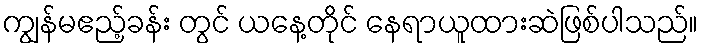
ကျွန်မဧည့်ခန်း တွင် ယနေ့တိုင် နေရာယူထားဆဲဖြစ်ပါသည်။